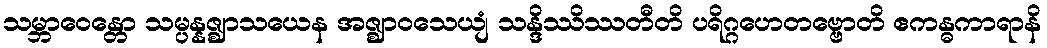
သမ္ဘာဝေန္တော သမ္ပန္နဇ္ဈာသယေန အဇ္ဈာဝသေယျံ သန္ဒိဿိဿတီတိ ပရိဂ္ဂဟေတဗ္ဗောတိ ဧကန္ဓကာရာနိ